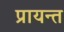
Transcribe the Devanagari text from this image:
प्रायन्त